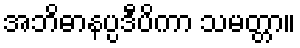
အဘိဓာနပ္ပဒီပိကာ သမတ္တာ။